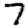
Digit: 7